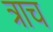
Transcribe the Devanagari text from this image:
त्राच